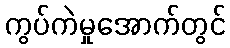
ကွပ်ကဲမှုအောက်တွင်